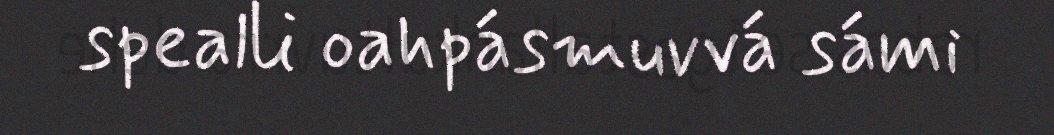
spealli oahpásmuvvá sámi